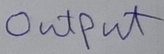
Text: OUTPUT